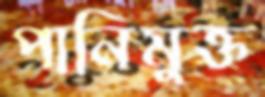
পানিমুক্ত